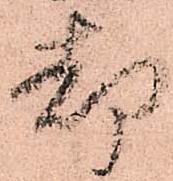
却